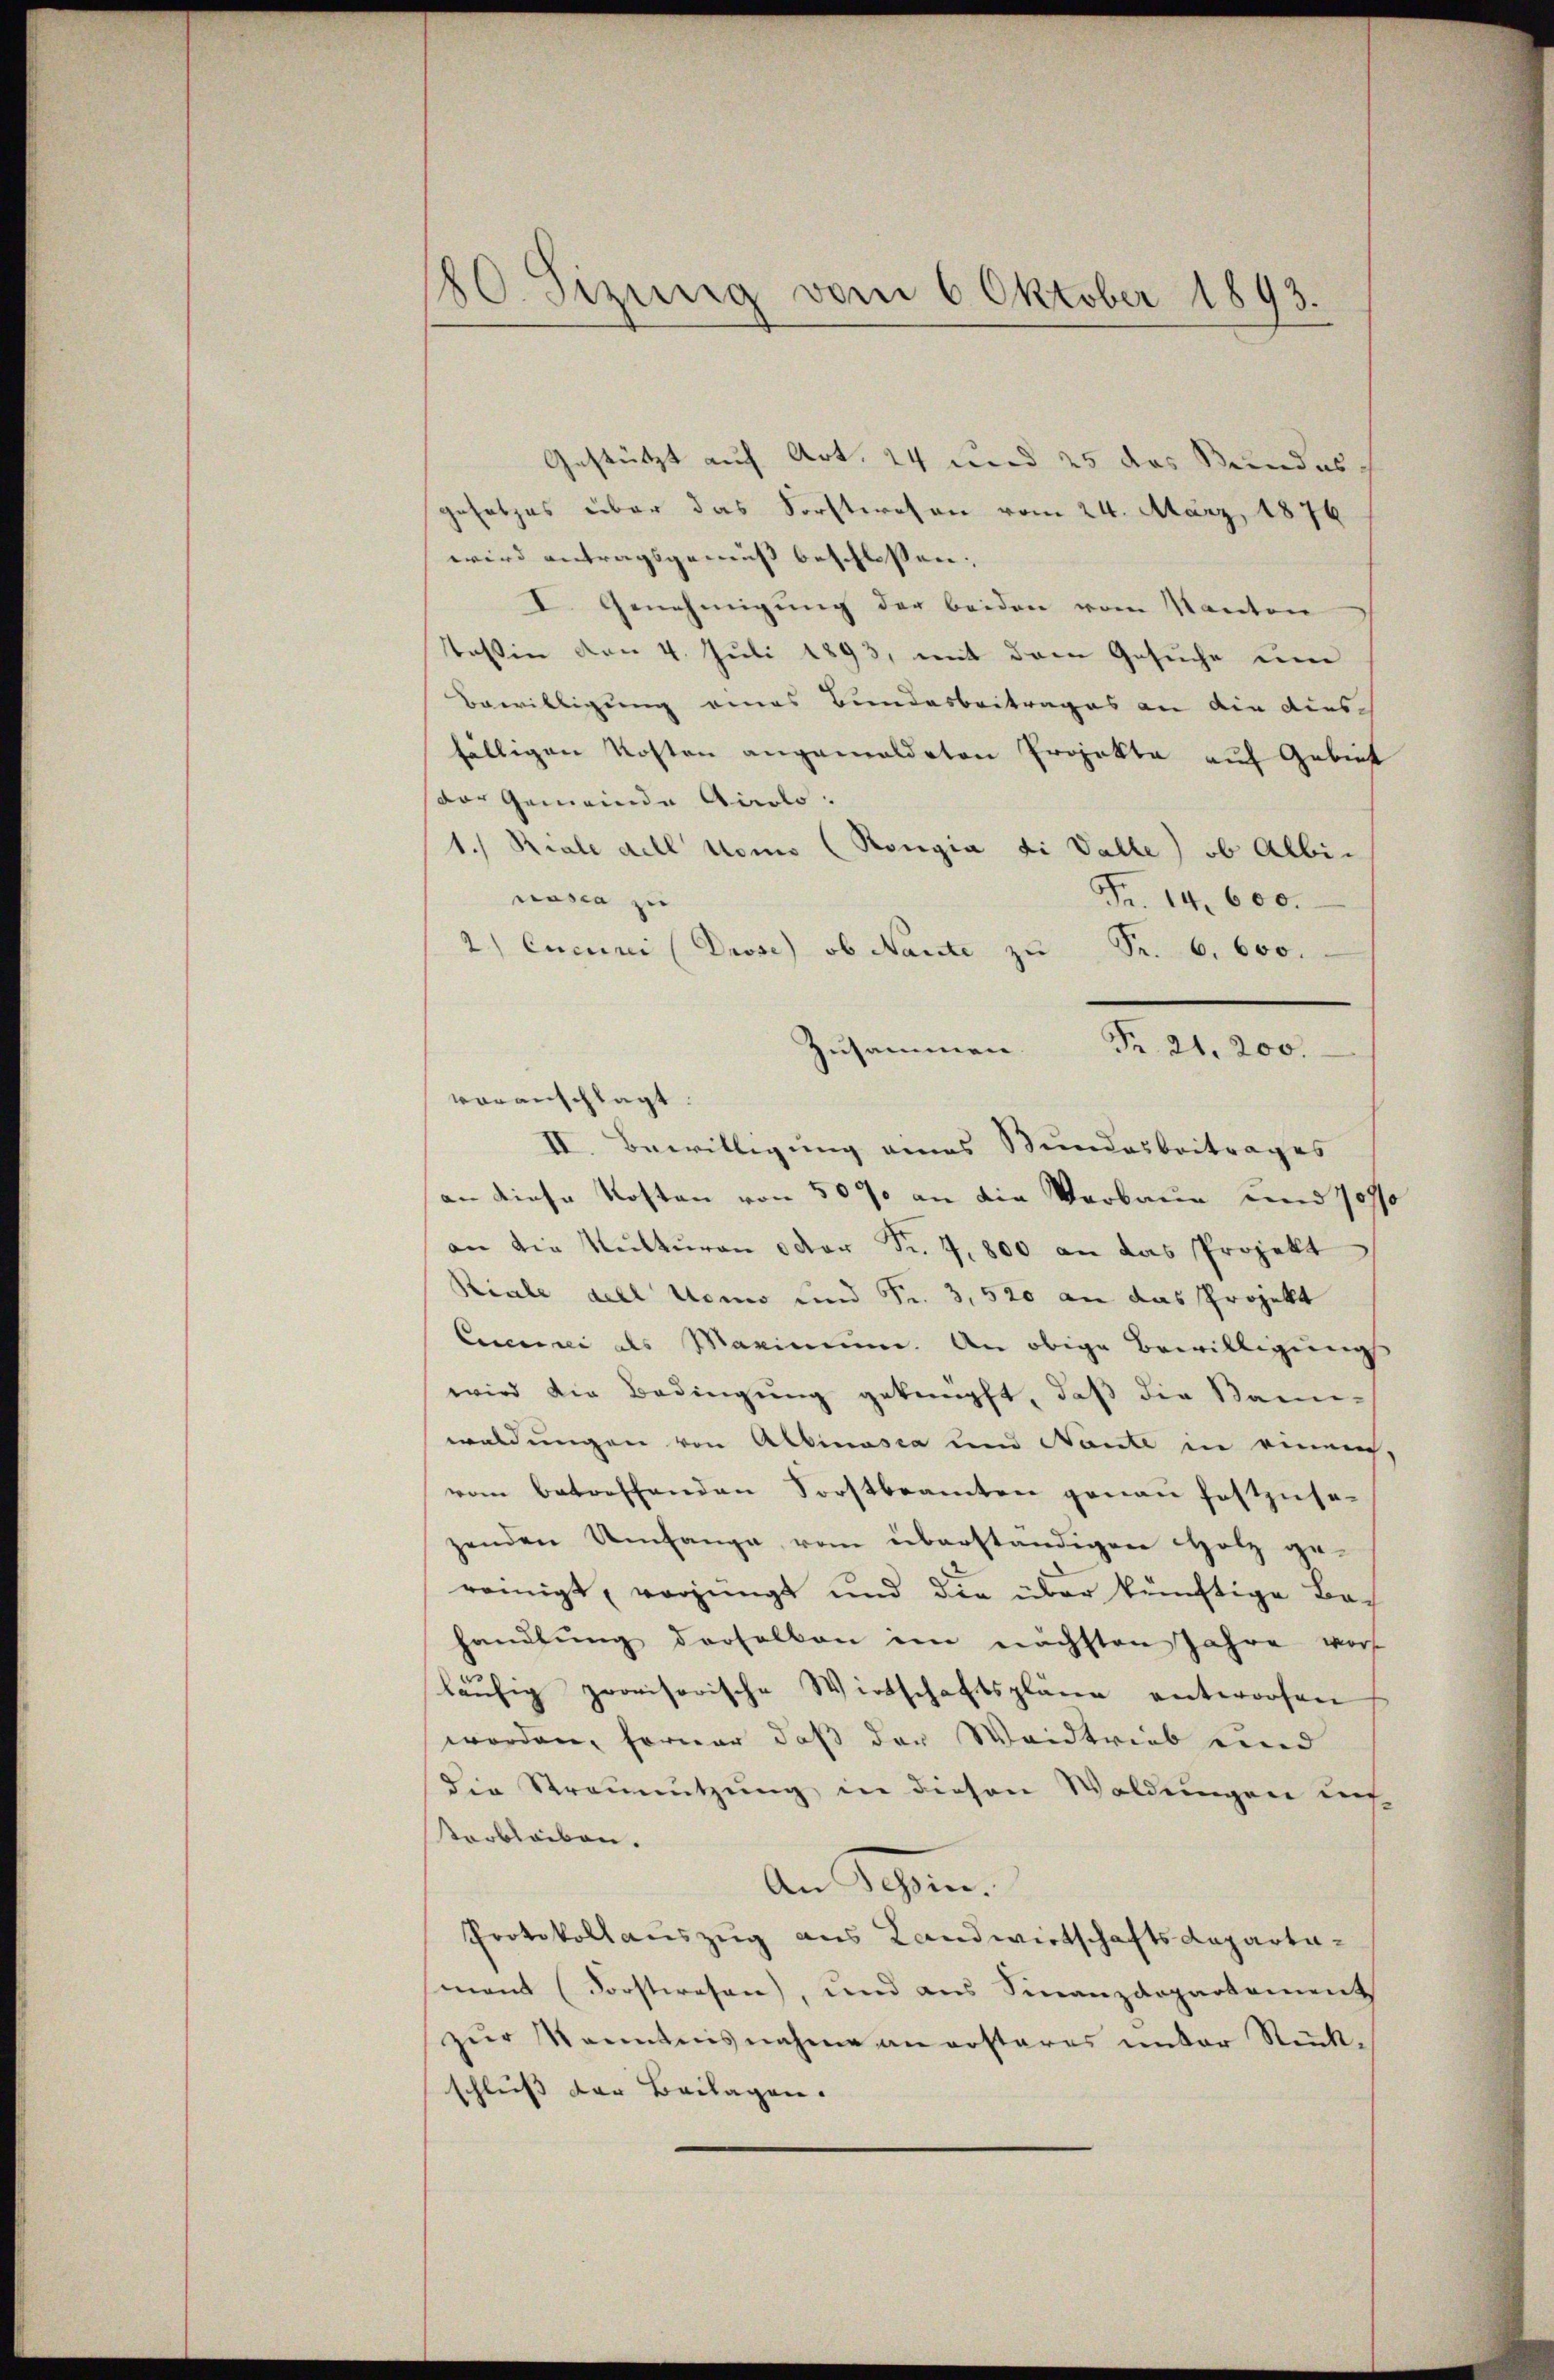
180. Sizung vom 6 Oktober 1893.

Gestützt auf Art. 24 und 25 das Bundesgesetzes über das Forstwesen vom 24. März, 1876
wird antragsgemäss beschlossen:
I. Genehmigung der beiden vom Kanton
Tessin von 4. Juli 1893, mit dem Gesuche um
Bewilligung eines Bundesbeitrages an die dies
fälligen Kosten angemeldeten Projekte auf Gebiet
dor Gemeinde Airolo.
1.) Riale dell nomo (Rongia di Valle) ob Albin
Fr. 14. 600.
nasca zu
2) Cucuni (Prose) ob Nante zu Fr. 6. 600.
II. Bewilligung eines Stundesbeitrages
an diese Kosten von 50% an die Verbaue und Joss
an die Kulturen oder Fr. 7,800 an das Projekt
Riale dell nomo und Fr. 3, 520 an das Projekt
Cucune als Maximum. An obige Bewilligung
wird die Bedingŭng geknüpft, daβ die Sani-
waldungen von Albinasia und Nante in einen,
vom betreffenden Forstbeamten genau festzuse
zenden Umfange vom überständigen Holz ge-
reinigt, verjüngt und die über künftige Bach
handlung derselben im nächsten Jahre vor
läufig provisorische Wirtschaftspläne entworfen
worden, ferner daß der Waidtrieb eind
die Streunutzung in diesen Waldungen desarbleiben.
An Schen.
Protokollauszug aus Landwirtschaftsdepartemant (Forstwesen, und aus Finanzdepartement
zŭr Kenntnisnahme an ersteres unter Rück-
schluss der Beilagen.

voranschlägt.

Zusammen Fr. 21,200.